Leaving Certificate Examination, 1909
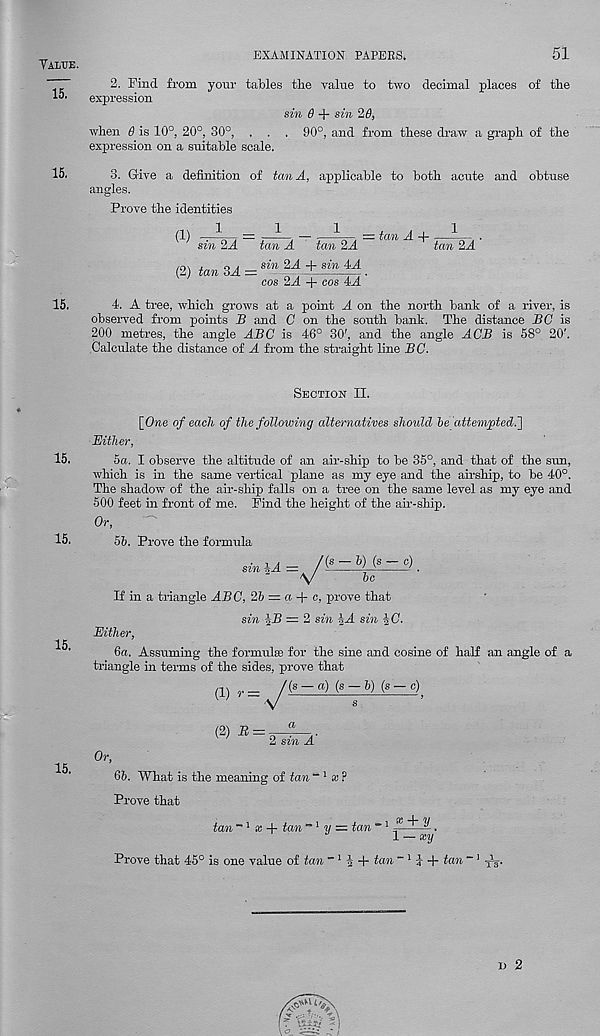
Yaltjb.
EXAMINATION PAPEES.
51
2. Find from your tables the value to two decimal places of the
expression
sin 8 + sin 28,
when 8 is 10°, 20°, 30°, . . . 90°, and from these draw a graph of the
expression on a suitable scale.
15.
15.
3. G-ive a definition of tan A, applicable to both acute and obtuse
angles.
Prove the identities
(1)
(2)
x
— x
x
— fam _j_ x
sin 2A tan A tan 2A
tan 2A
, o . sin 2^4 + sin 4-A
tan 3A— - Pi-
■
cos 2A + cos 4A
4. A tree, which grows at a point A on the north bank of a river, is
observed from points S and C on the south bank. The distance PC is
200 metres, the angle ABC is 46° 30', and the angle ACB is 58° 20'.
Calculate the distance of A from the straight line BG.
15.
15.
Section II.
[One of each of the following alternatives should he attempted.']
Either,
5a. I observe the altitude of an air-ship to be 35°, and that of the sun,
which is in the same vertical plane as my eye and the airship, to be 40°.
The shadow of the air-ship falls on a tree on the same level as my eye and
500 feet in front of me. Find the height of the air-ship.
Or,
5b. Prove the formula
_ /(s — h) (s — c)
sin ^A =^/^'
be
15.
If in a triangle ABC, 25 = a + c, prove that
sin !_B = 2 sin ^A sin iC.
Either,
6a. Assuming the formulae for the sine and cosine of half an angle of a
triangle in terms of the sides, prove that
t(s — a) (s — 6) (s — c)
a)-/
(2) B = 2 sin A
15.
Or,
6b. What is the meaning of tan -1 x?
Prove that
tan - 1 a: + tan ~l y — tan ~1 ® ^ .
1 - *2/
Prove that 45° is one value of tan " 1 | + tan - 1 ? + icm ~1
i> 2